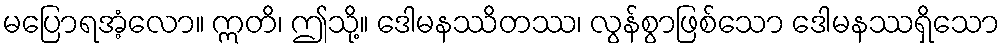
မပြောရအံ့လော။ ဣတိ၊ ဤသို့။ ဒေါမနဿိတဿ၊ လွန်စွာဖြစ်သော ဒေါမနဿရှိသော